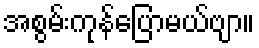
အစွမ်းကုန်ပြောမယ်ဗျာ။